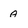
Character: A